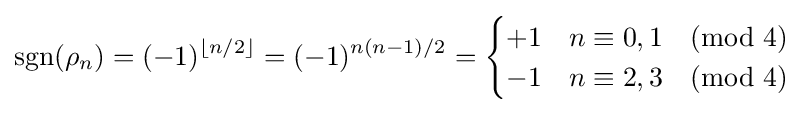
\mathrm {sgn} (\rho _{n})=(-1)^{\lfloor n/2\rfloor }=(-1)^{n(n-1)/2}={\begin{cases}+1&n\equiv 0,1{\pmod {4}}\\-1&n\equiv 2,3{\pmod {4}}\end{cases}}